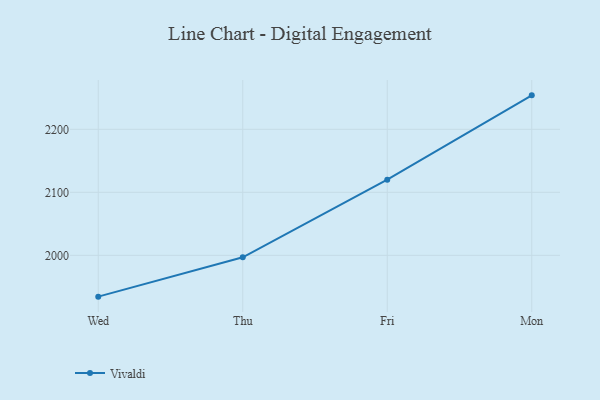
{"axis": {"x": "Day", "y": "Market Share (%)"}, "legend": ["Vivaldi"], "data": [{"x": "Wed", "y": 1934.4, "type": "Vivaldi"}, {"x": "Thu", "y": 1996.9, "type": "Vivaldi"}, {"x": "Fri", "y": 2120.0, "type": "Vivaldi"}, {"x": "Mon", "y": 2253.9, "type": "Vivaldi"}]}